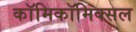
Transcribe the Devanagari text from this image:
काॅमिकॉमिक्सल